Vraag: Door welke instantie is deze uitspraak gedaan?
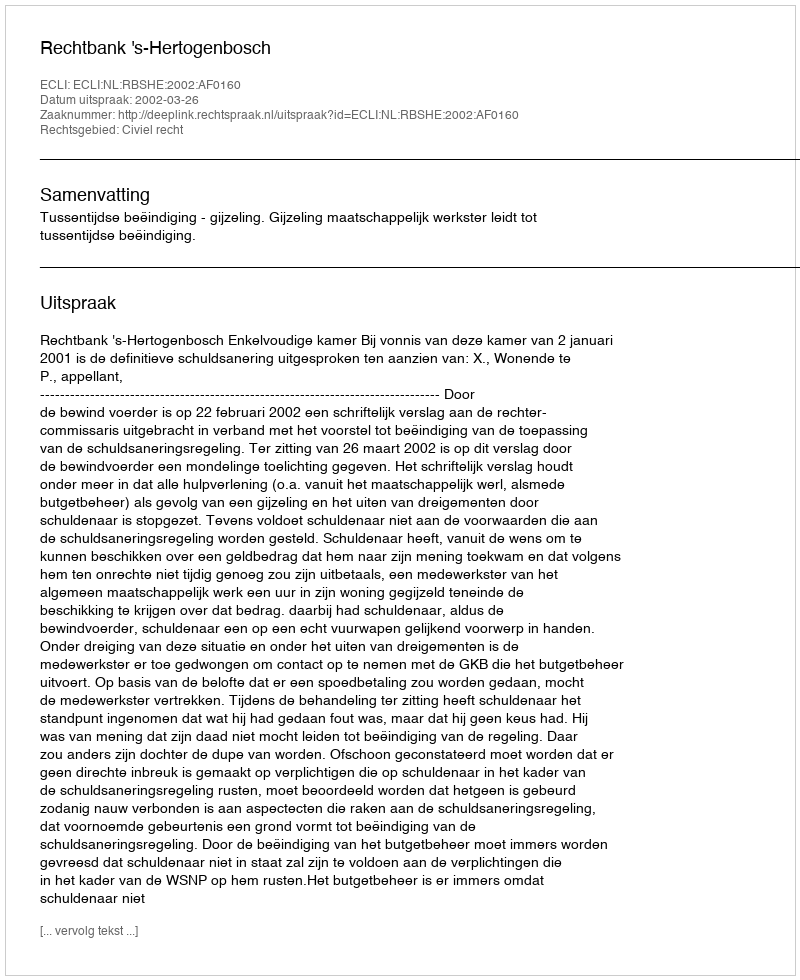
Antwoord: Rechtbank 's-Hertogenbosch